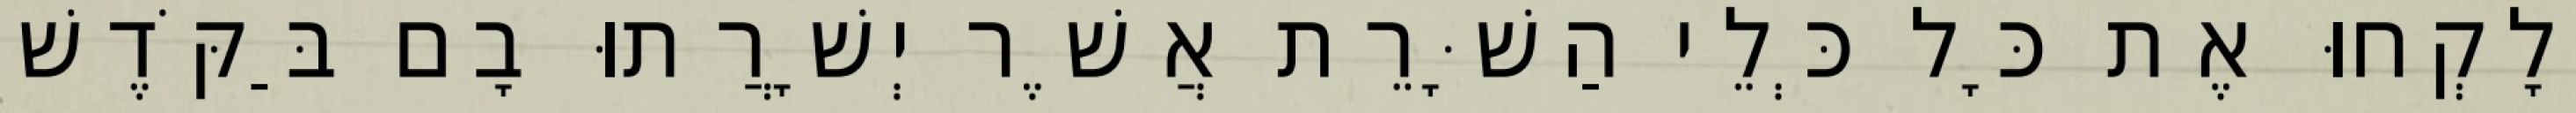
וְלָקְחוּ אֶת כָּל כְּלֵי הַשָּׁרֵת אֲשֶׁר יְשָׁרֲתוּ בָם בַּקֹּדֶשׁ